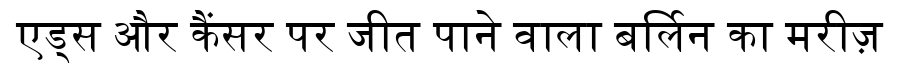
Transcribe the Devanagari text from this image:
एड्स और कैंसर पर जीत पाने वाला बर्लिन का मरीज़